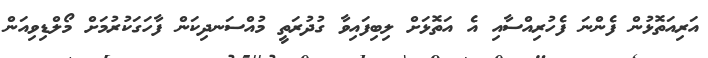
އަރިއަތޮޅުން ފެންނަ ފެހުރިއްސާއި އެ އަތޮޅަށް ލިބިފައިވާ ގުދުރަތީ މުއްސަނދިކަން ފާހަގަކުރުމަށް މޯލްޑިވިއަން